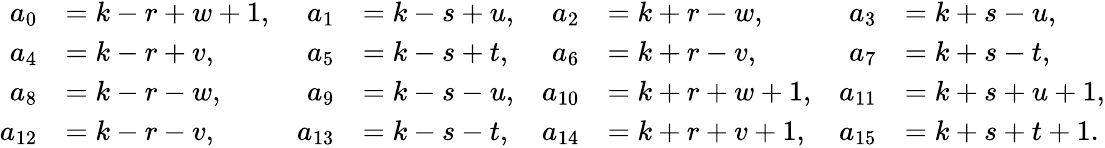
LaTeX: \begin{array}{rlrlrlrl}{a_{0}}&{=k-r+w+1,}&{a_{1}}&{=k-s+u,}&{a_{2}}&{=k+r-w,}&{a_{3}}&{=k+s-u,}\\ {a_{4}}&{=k-r+v,}&{a_{5}}&{=k-s+t,}&{a_{6}}&{=k+r-v,}&{a_{7}}&{=k+s-t,}\\ {a_{8}}&{=k-r-w,}&{a_{9}}&{=k-s-u,}&{a_{10}}&{=k+r+w+1,}&{a_{11}}&{=k+s+u+1,}\\ {a_{12}}&{=k-r-v,}&{a_{13}}&{=k-s-t,}&{a_{14}}&{=k+r+v+1,}&{a_{15}}&{=k+s+t+1.}\end{array}